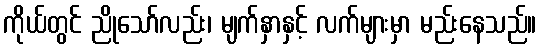
ကိုယ်တွင် ညိုသော်လည်း၊ မျက်နှာနှင့် လက်များမှာ မည်းနေသည်။